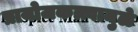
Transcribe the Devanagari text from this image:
प्रायोजकत्त्वामुळे